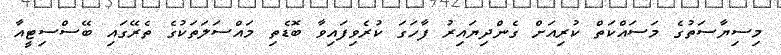
މިސިޔާސަތުގެ މަސައްކަތް ކުރިއަށް ގެންދިޔައިރު ފާހަގަ ކުރެވިފައިވާ ބޮޑެތި މައްސަލަތަކުގެ ތެރޭގައި ބޭސްސިޓީއާ